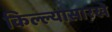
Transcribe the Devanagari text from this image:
किल्ल्यासारखे